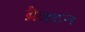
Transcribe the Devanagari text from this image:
ब्रैक्टन